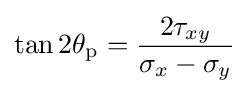
\tan 2\theta _{\mathrm {p} }={\frac {2\tau _{xy}}{\sigma _{x}-\sigma _{y}}}\,\!